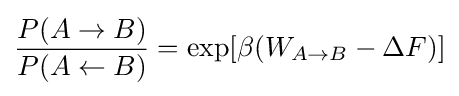
{\frac {P(A\rightarrow B)}{P(A\leftarrow B)}}=\exp[\beta (W_{A\rightarrow B}-\Delta F)]